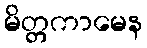
မိတ္တကာမေန